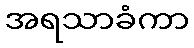
အရသာခံကာ